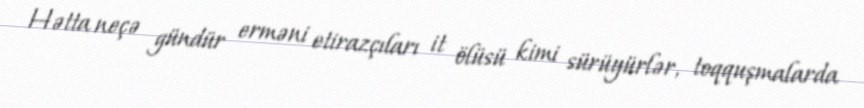
Hətta neçə gündür erməni etirazçıları it ölüsü kimi sürüyürlər, toqquşmalarda